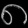
Digit: ၈